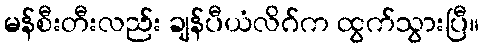
မန်စီးတီးလည်း ချန်ပီယံလိဂ်က ထွက်သွားပြီ။